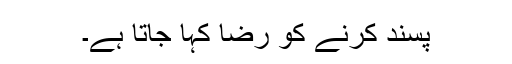
پسند کرنے کو رضا کہا جاتا ہے۔